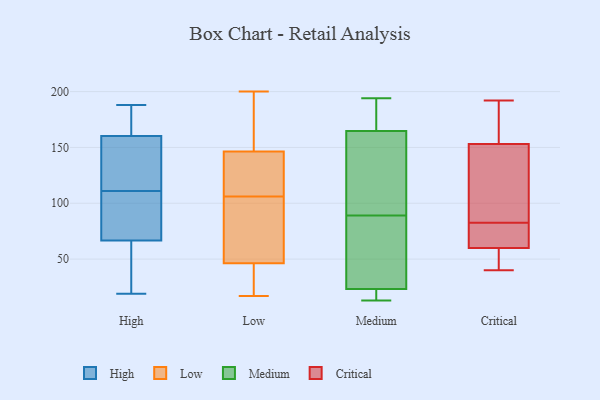
{"axis": {"x": "Energy Usage (MWh)", "y": "Value"}, "legend": ["Critical", "High", "Low", "Medium"], "data": [{"x": "", "y": 113, "type": "High"}, {"x": "", "y": 19, "type": "High"}, {"x": "", "y": 109, "type": "High"}, {"x": "", "y": 56, "type": "High"}, {"x": "", "y": 99, "type": "High"}, {"x": "", "y": 111, "type": "High"}, {"x": "", "y": 155, "type": "High"}, {"x": "", "y": 188, "type": "High"}, {"x": "", "y": 162, "type": "High"}, {"x": "", "y": 19, "type": "High"}, {"x": "", "y": 170, "type": "High"}, {"x": "", "y": 73, "type": "Low"}, {"x": "", "y": 106, "type": "Low"}, {"x": "", "y": 43, "type": "Low"}, {"x": "", "y": 21, "type": "Low"}, {"x": "", "y": 31, "type": "Low"}, {"x": "", "y": 43, "type": "Low"}, {"x": "", "y": 200, "type": "Low"}, {"x": "", "y": 17, "type": "Low"}, {"x": "", "y": 56, "type": "Low"}, {"x": "", "y": 175, "type": "Low"}, {"x": "", "y": 78, "type": "Low"}, {"x": "", "y": 150, "type": "Low"}, {"x": "", "y": 127, "type": "Low"}, {"x": "", "y": 178, "type": "Low"}, {"x": "", "y": 73, "type": "Low"}, {"x": "", "y": 135, "type": "Low"}, {"x": "", "y": 159, "type": "Low"}, {"x": "", "y": 119, "type": "Low"}, {"x": "", "y": 122, "type": "Low"}, {"x": "", "y": 174, "type": "Medium"}, {"x": "", "y": 192, "type": "Medium"}, {"x": "", "y": 186, "type": "Medium"}, {"x": "", "y": 137, "type": "Medium"}, {"x": "", "y": 129, "type": "Medium"}, {"x": "", "y": 73, "type": "Medium"}, {"x": "", "y": 17, "type": "Medium"}, {"x": "", "y": 89, "type": "Medium"}, {"x": "", "y": 194, "type": "Medium"}, {"x": "", "y": 20, "type": "Medium"}, {"x": "", "y": 101, "type": "Medium"}, {"x": "", "y": 13, "type": "Medium"}, {"x": "", "y": 20, "type": "Medium"}, {"x": "", "y": 33, "type": "Medium"}, {"x": "", "y": 73, "type": "Medium"}, {"x": "", "y": 54, "type": "Critical"}, {"x": "", "y": 100, "type": "Critical"}, {"x": "", "y": 84, "type": "Critical"}, {"x": "", "y": 184, "type": "Critical"}, {"x": "", "y": 97, "type": "Critical"}, {"x": "", "y": 153, "type": "Critical"}, {"x": "", "y": 67, "type": "Critical"}, {"x": "", "y": 72, "type": "Critical"}, {"x": "", "y": 41, "type": "Critical"}, {"x": "", "y": 81, "type": "Critical"}, {"x": "", "y": 57, "type": "Critical"}, {"x": "", "y": 75, "type": "Critical"}, {"x": "", "y": 40, "type": "Critical"}, {"x": "", "y": 60, "type": "Critical"}, {"x": "", "y": 181, "type": "Critical"}, {"x": "", "y": 169, "type": "Critical"}, {"x": "", "y": 192, "type": "Critical"}, {"x": "", "y": 127, "type": "Critical"}]}